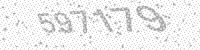
Solution: 597179